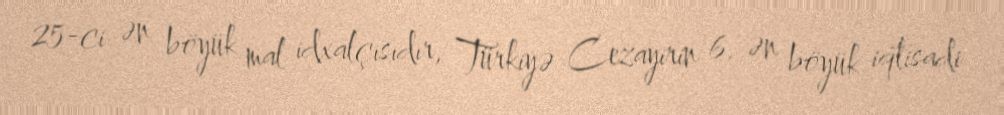
25-ci ən böyük mal idxalçısıdır, Türkiyə Cezayirin 6. ən böyük iqtisadi